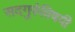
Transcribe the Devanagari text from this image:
सदगुरुंविषयी